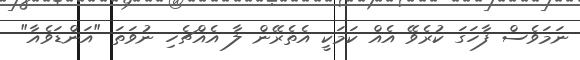
ނަމަވެސް ފާހަގަ ކުރެވޭ އެއް ކަމަކީ އެތެރޭން ލާ އެއްޗެހި ނުވަތަ "އަންޑަވެއާ"